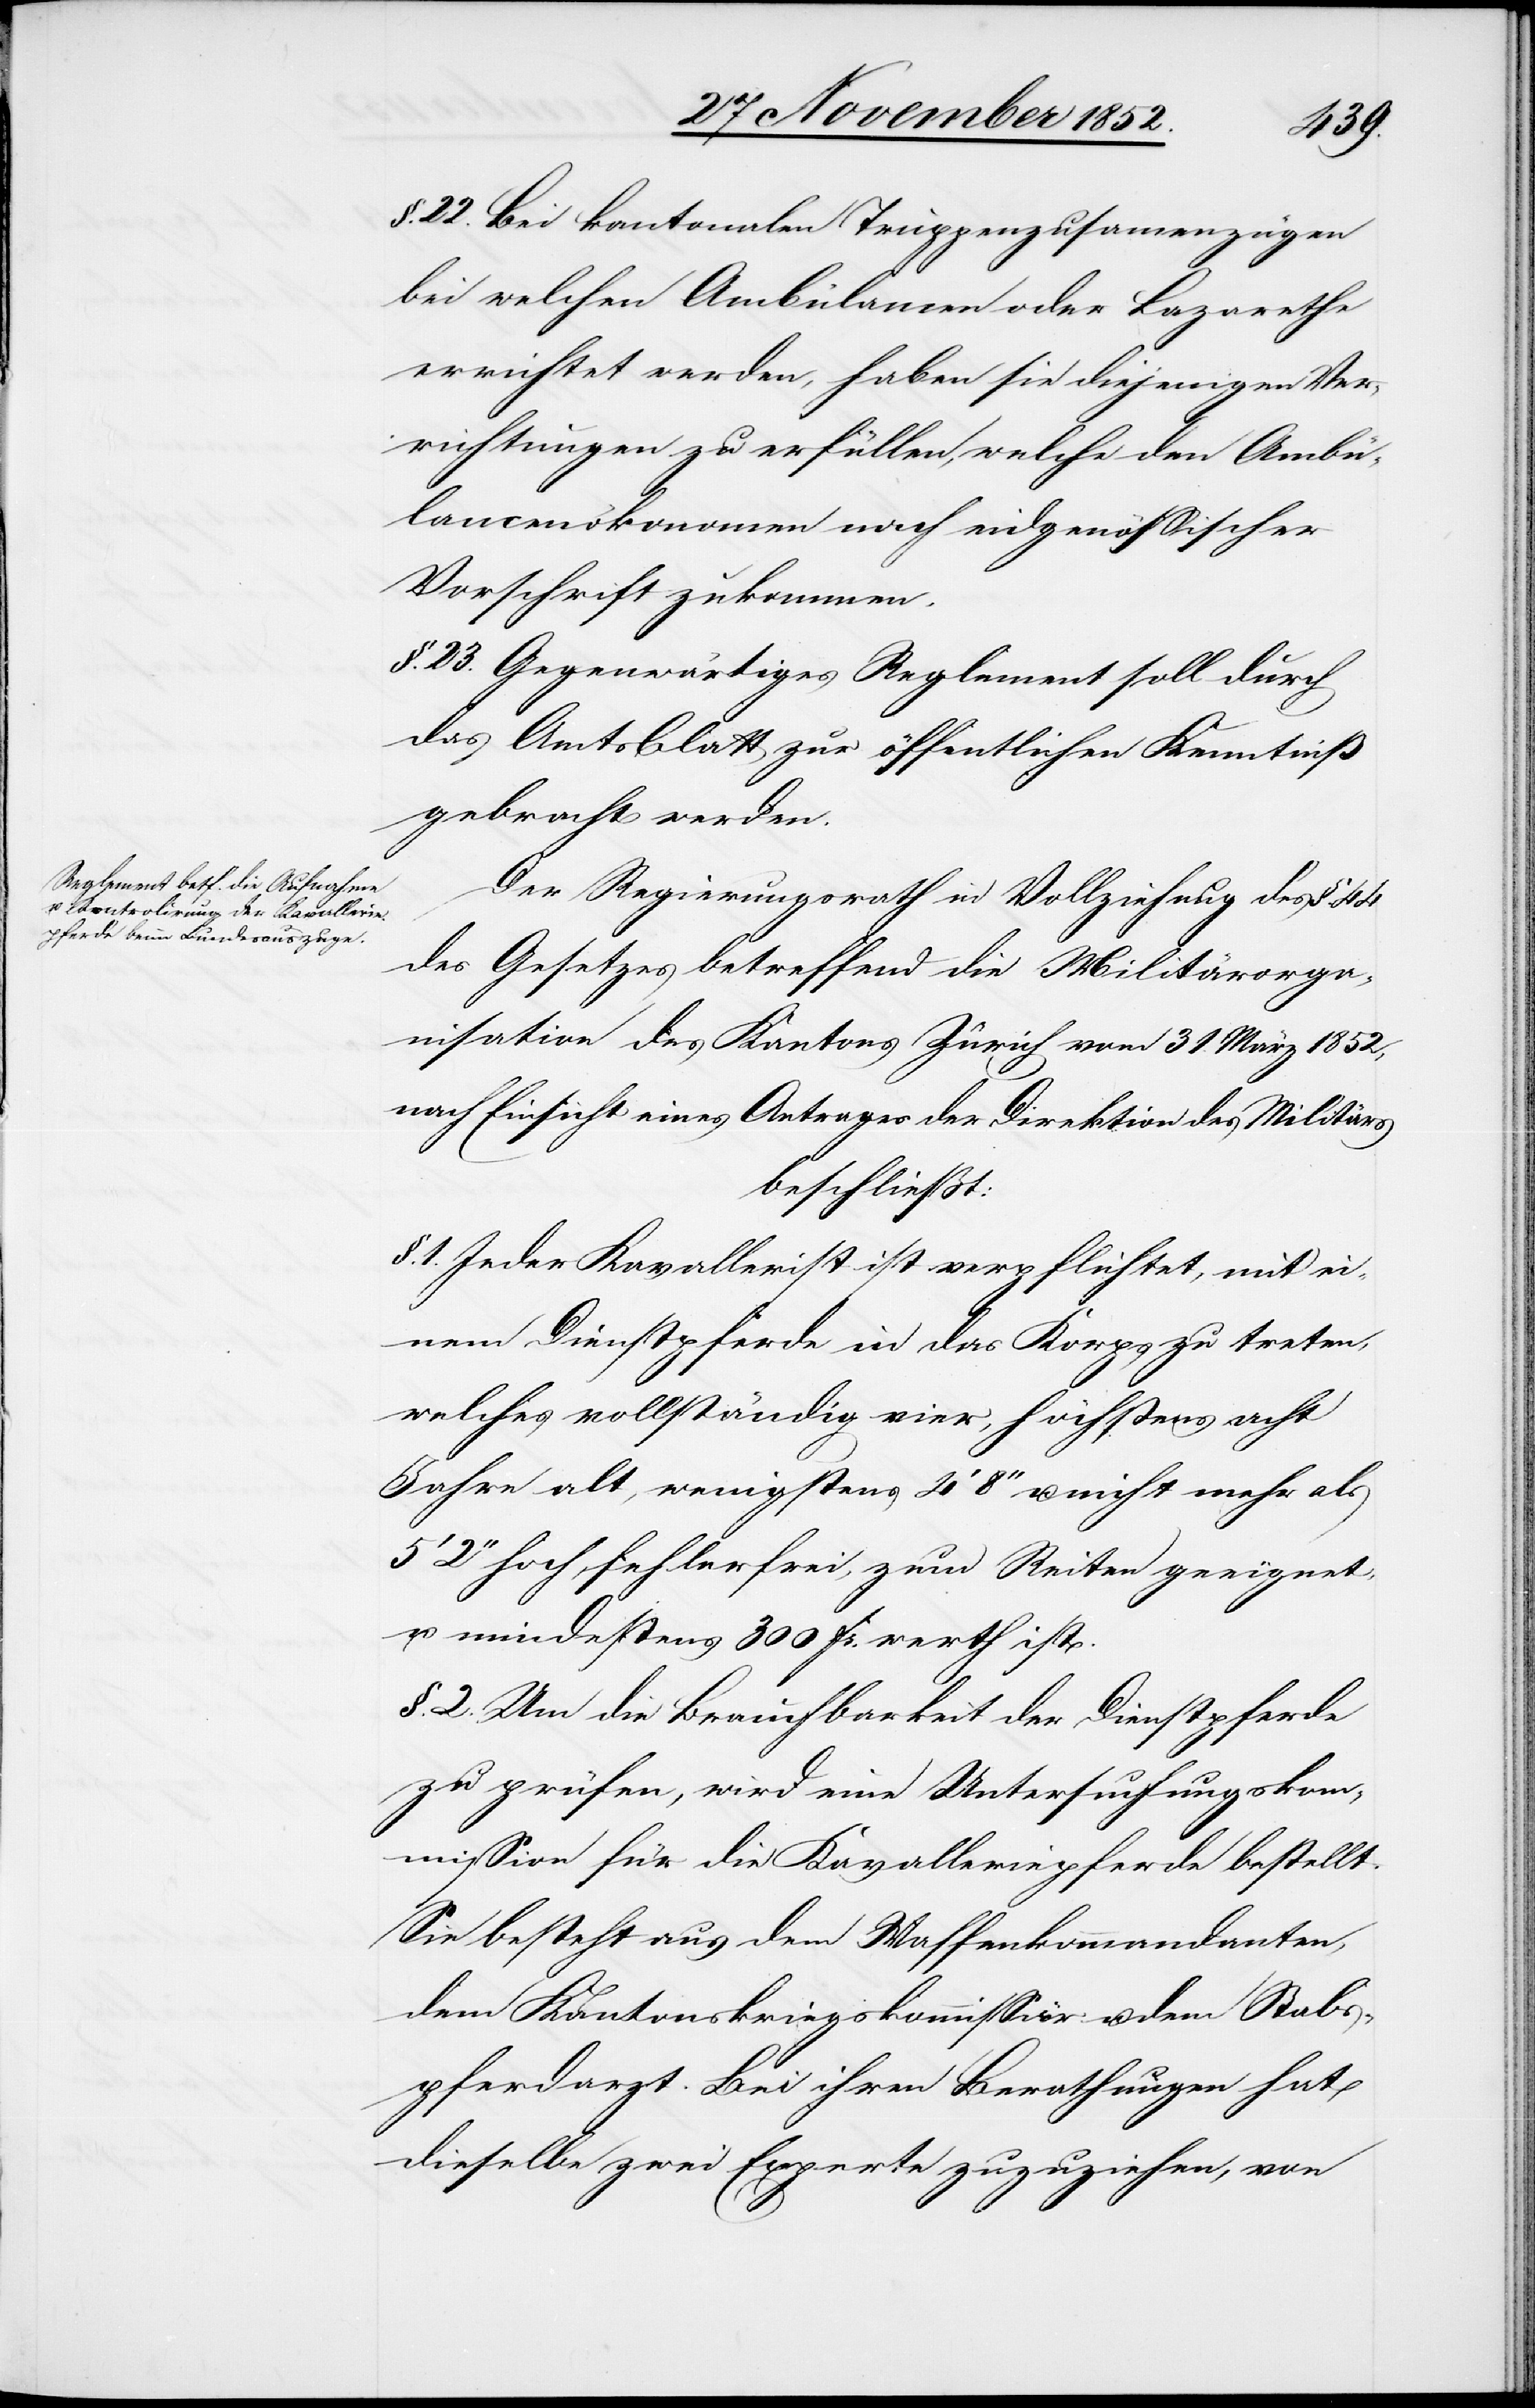
§. 22. Bei kantonalen Truppenzusam[m]enzügen
bei welchen Ambülancen oder Lazarethe
errichtet werden, haben sie diejenigen Ver¬
richtungen zu erfüllen, welche den Ambü¬
lancenökonomen nach eidgenössischer
Vorschrift zukommen.
§. 23. Gegenwärtiges Reglement soll durch
das Amtsblatt zur öffentlichen Kenntniß
gebracht werden.
Der Regierungsrath in Vollziehung des §.
des Gesetzes betreffend die Militärorga¬
nisation des Kantons Zürich vom 31. März 1852,
nach Einsicht eines Antrages der Direktion des Militärs
beschließt:
§. 1. Jeder Kavallerist ist verpflichtet, mit ei¬
nem Dienstpferde in das Korps zu treten,
welches vollständig vier, höchstens acht
Jahre alt, wenigstens 4‘ 8‘‘ u. nicht mehr als
5‘ 2‘‘ hoch, fehlerfrei, zum Reiten geeignet,
u. mindestens 300 Fr. werth ist.
§. 2. Um die Brauchbarkeit der Dienstpferde
zu prüfen, wird eine Untersuchungskom¬
mission für die Kavalleriepferde bestellt.
Sie besteht aus dem Waffenkommandanten,
dem Kantonskriegskommissär u. dem Stabs¬
pferdarzt. Bei ihren Berathungen hat
dieselbe zwei Experte zuzuziehen, von